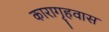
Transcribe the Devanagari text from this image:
कारागृहवास